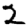
Digit: 2